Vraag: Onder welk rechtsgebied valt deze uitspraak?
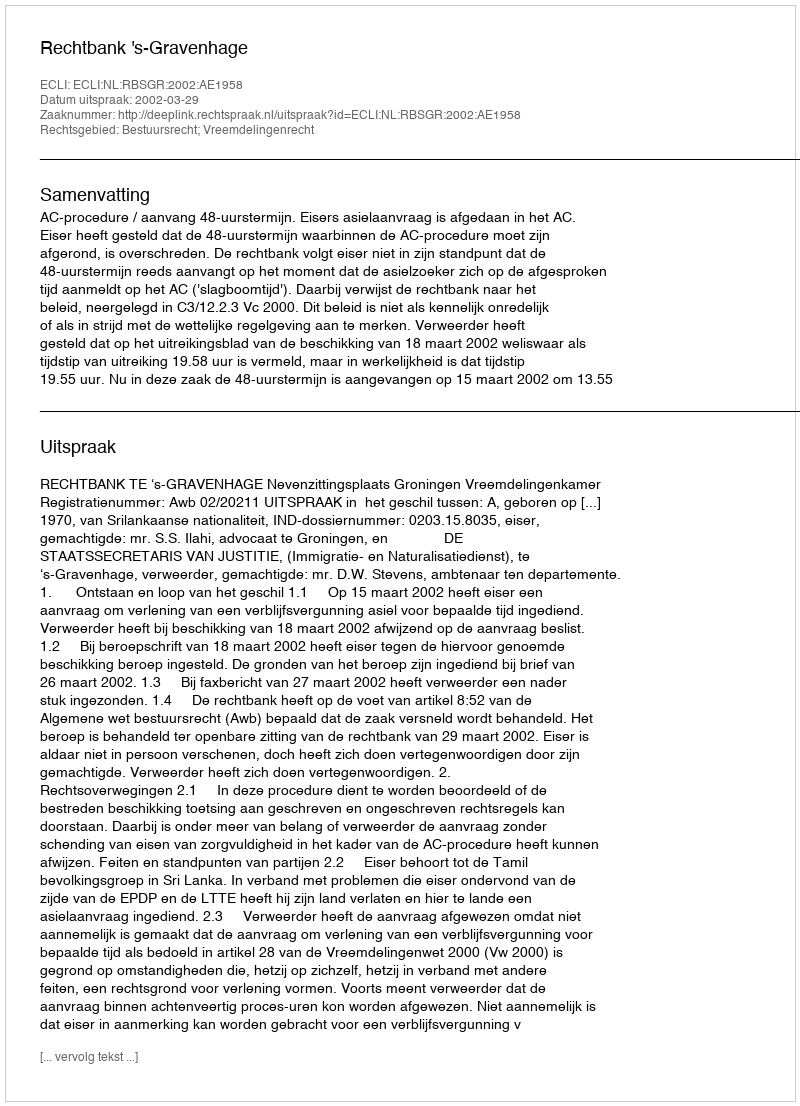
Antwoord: Bestuursrecht; Vreemdelingenrecht